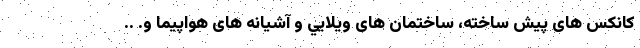
کانکس های پيش ساخته، ساختمان های ويلايي و آشيانه های هواپيما و. ..